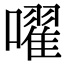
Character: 嚁